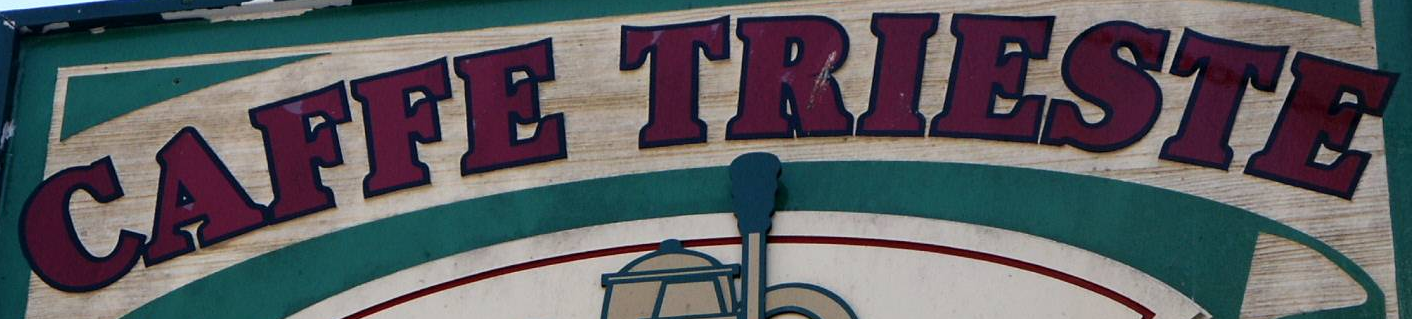
CAFFE TRIESTE